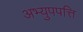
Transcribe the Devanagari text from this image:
अभ्युपपत्ति